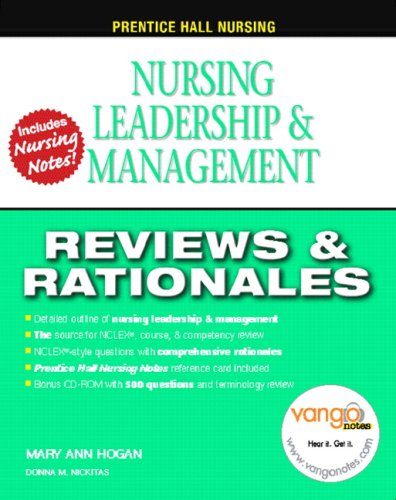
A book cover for Prentice Hall Nursing Reviews and Rationales: Nursing Leadership and Management; MaryAnn Hogan; Medical Books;